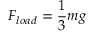
F _ { l o a d } = \frac { 1 } { 3 } m g